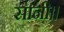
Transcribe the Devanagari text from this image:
सानी।।